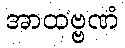
အာထဗ္ဗဏံ